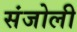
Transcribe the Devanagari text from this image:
संजोली